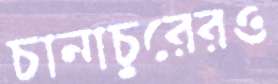
চানাচুরেরও